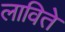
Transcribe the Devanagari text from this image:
लाविते